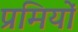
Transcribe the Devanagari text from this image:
प्रमियों